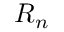
{ \boldsymbol { R } } _ { n }